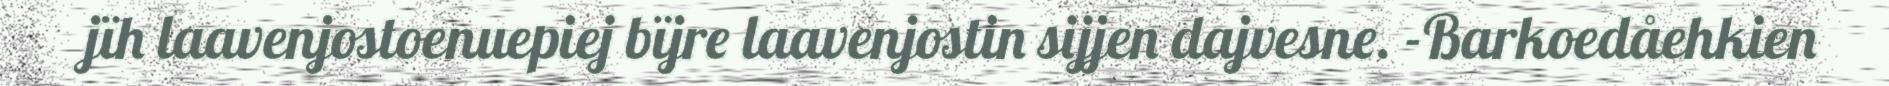
jïh laavenjostoenuepiej bïjre laavenjostin sijjen dajvesne. -Barkoedåehkien